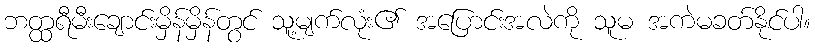
ဘတ္ထရီမီးချောင်းမှိန်မှိန်တွင် သူ့မျက်လုံး၏ အပြောင်းအလဲကို သူမ အကဲမခတ်နိုင်ပါ။